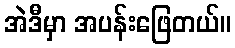
အဲဒီမှာ အပန်းဖြေတယ်။